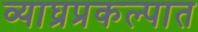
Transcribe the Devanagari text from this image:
व्याघ्रप्रकल्पात